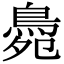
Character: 䳃